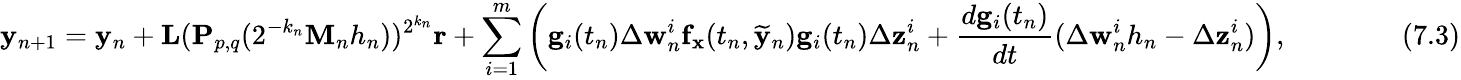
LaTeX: \mathbf{y}_{n+1}=\mathbf{y}_{n}+\mathbf{L}(\mathbf{P}_{p,q}(2^{-k_{n}}\mathbf{M}_{n}h_{n}))^{2^{k_{n}}}\mathbf{r}+\sum_{i=1}^{m}\left(\mathbf{g}_{i}(t_{n})\Delta\mathbf{w}_{n}^{i}\mathbf{f}_{\mathbf{x}}(t_{n},{\widetilde{\mathbf{y}}}_{n})\mathbf{g}_{i}(t_{n})\Delta\mathbf{z}_{n}^{i}+{\frac{d\mathbf{g}_{i}(t_{n})}{dt}}(\Delta\mathbf{w}_{n}^{i}h_{n}-\Delta\mathbf{z}_{n}^{i})\right),\qquad\qquad(7.3)